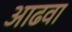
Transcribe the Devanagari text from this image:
आढवा